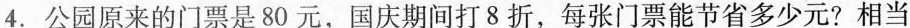
4.公园原来的门票是80元，国庆期间打8折，每张门票能节省多少元?相当